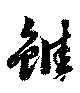
雖